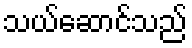
သယ်ဆောင်သည်